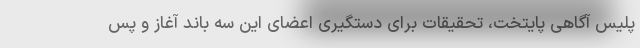
پلیس آگاهی پایتخت، تحقیقات برای دستگیری اعضای این سه باند آغاز و پس